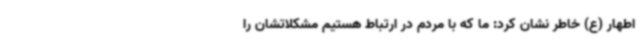
اطهار (ع) خاطر نشان کرد: ما که با مردم در ارتباط هستیم مشکلاتشان را